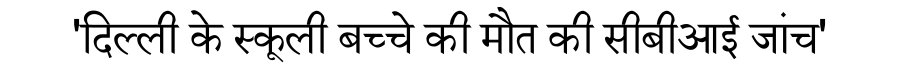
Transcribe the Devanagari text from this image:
'दिल्ली के स्कूली बच्चे की मौत की सीबीआई जांच'